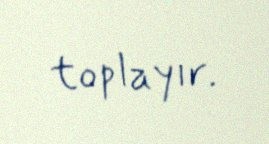
toplayır.